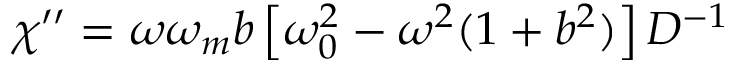
\chi ^ { \prime \prime } = \omega \omega _ { m } b \left[ \omega _ { 0 } ^ { 2 } - \omega ^ { 2 } ( 1 + b ^ { 2 } ) \right] D ^ { - 1 }